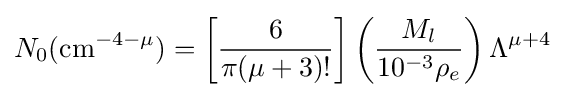
N_{0}\mathrm {(cm^{-4-\mu })} =\left[{\frac {6}{\pi (\mu +3)!}}\right]\left({\frac {M_{l}}{10^{-3}\rho _{e}}}\right)\Lambda ^{\mu +4}